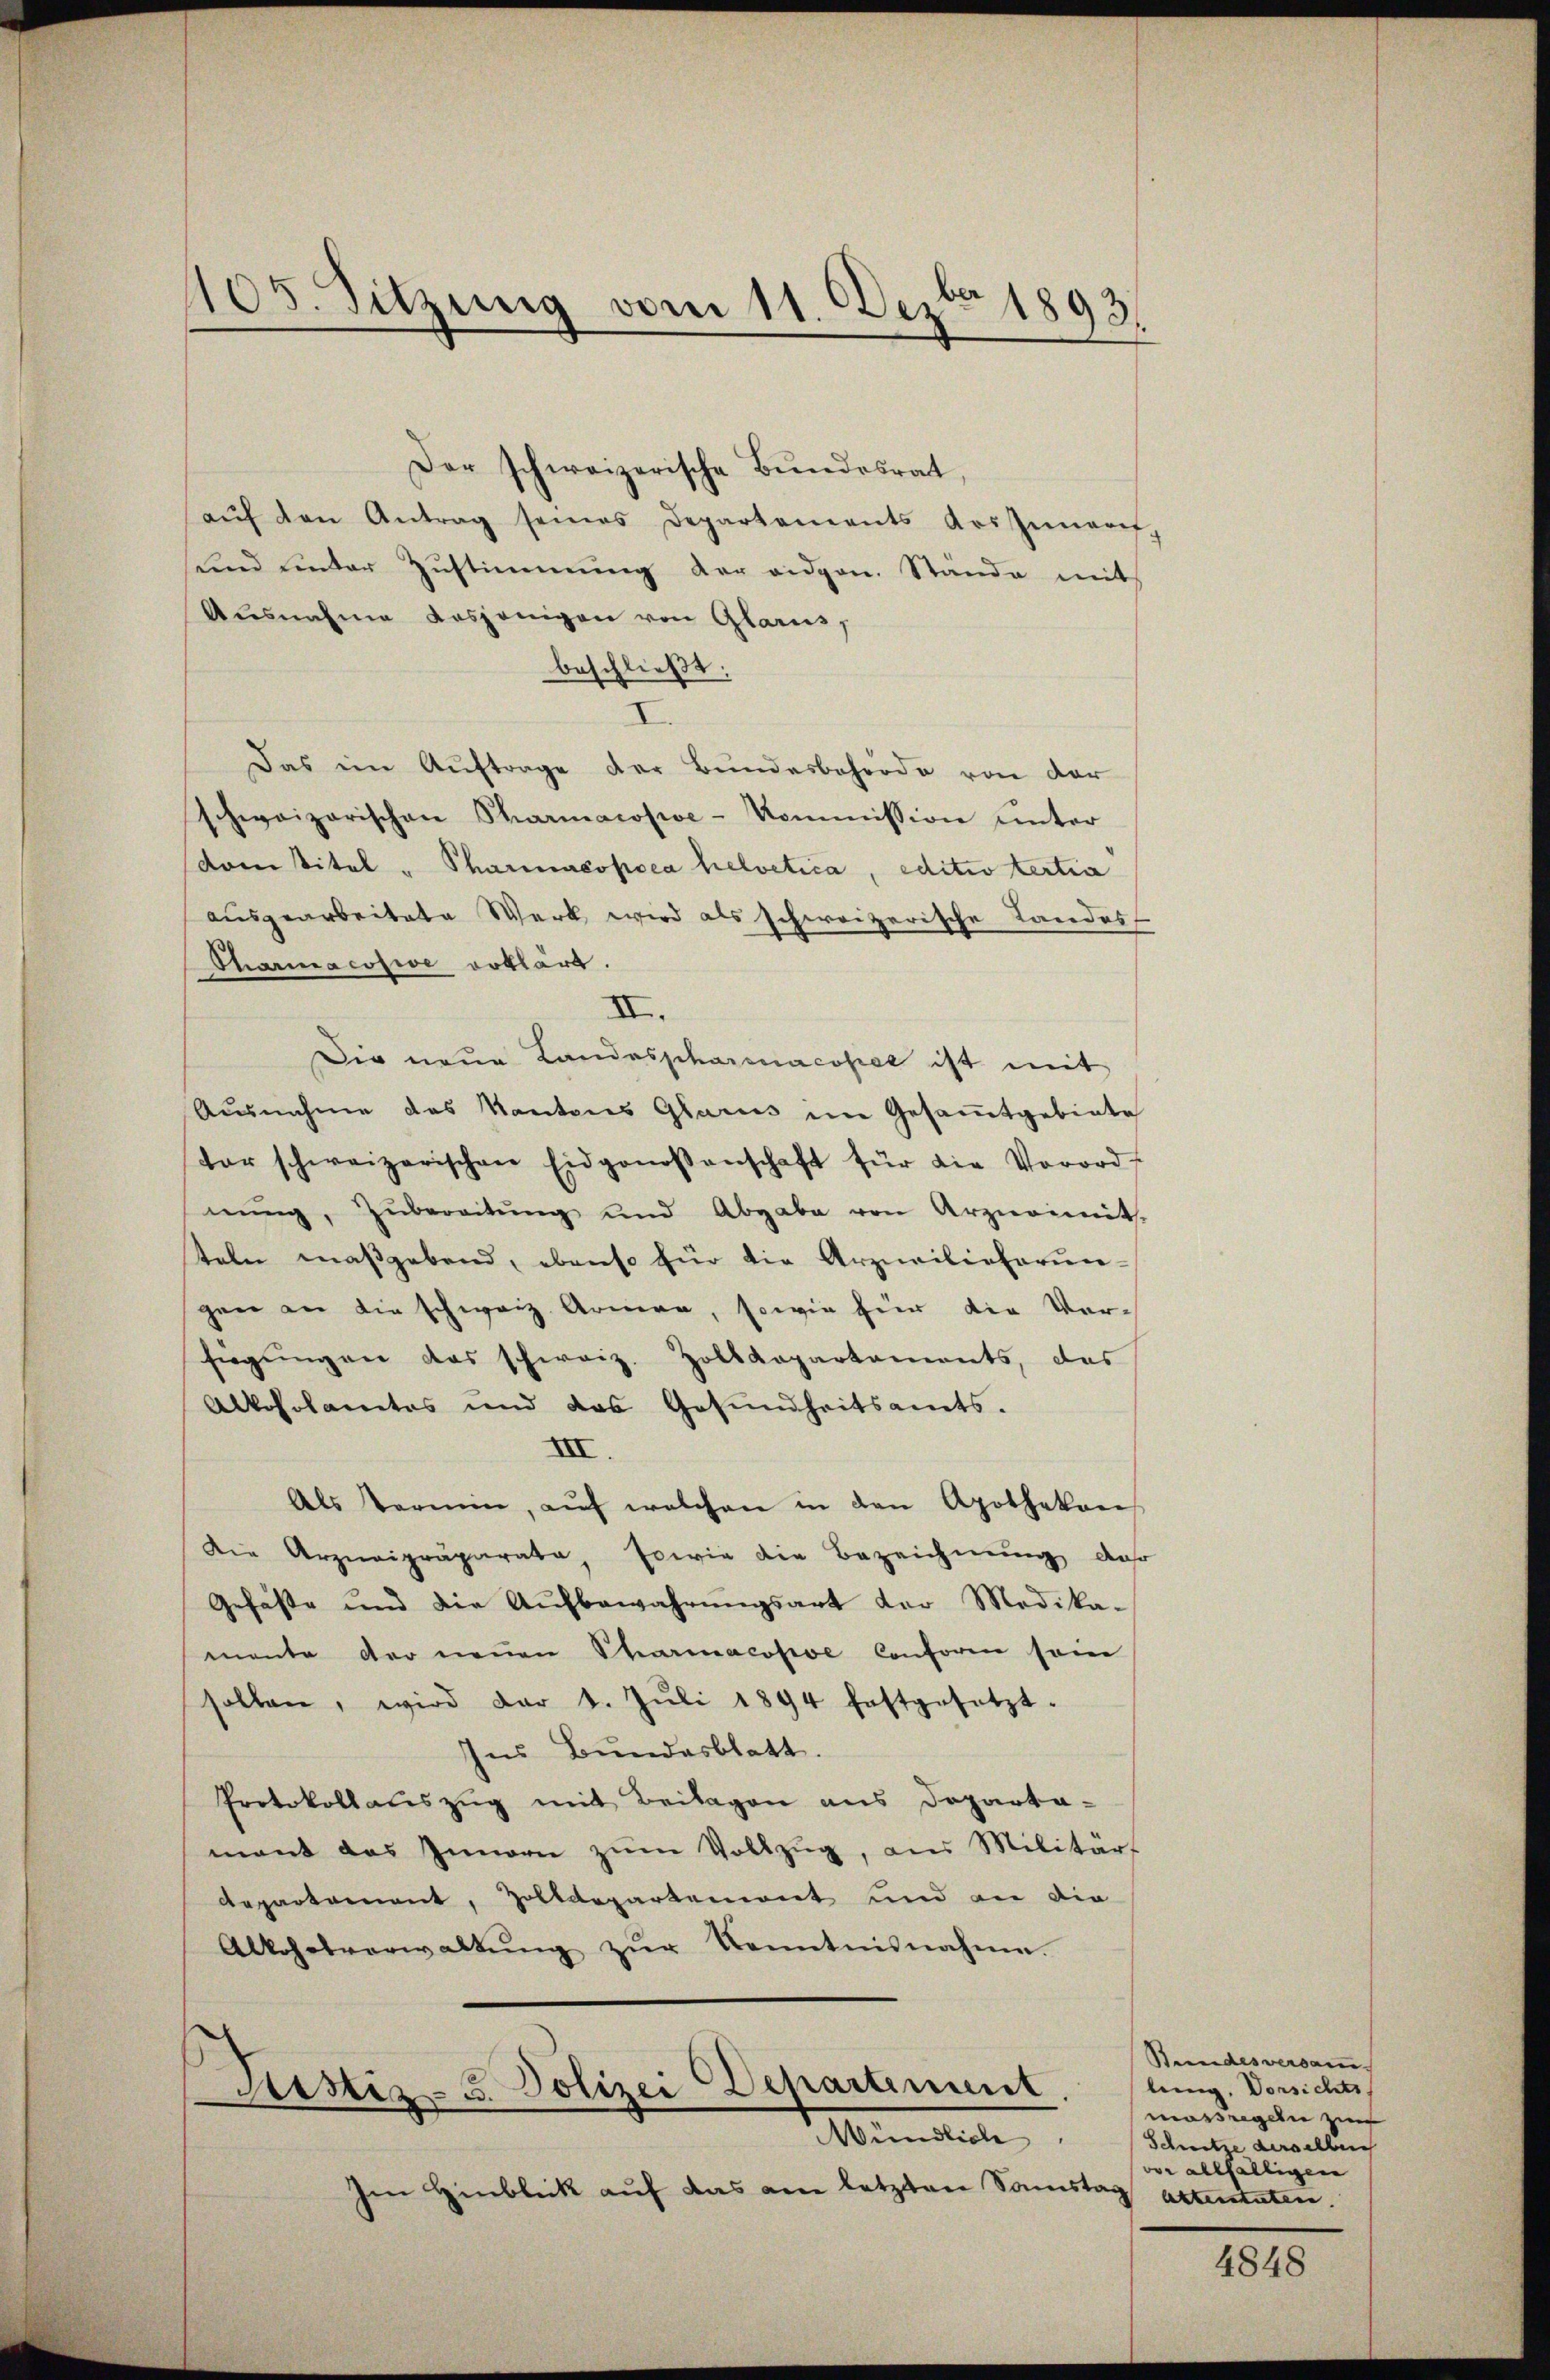
105. Sitzung vom 11. Dezbr 1893.

Der schweizerische Bundesrat,
aŭf den Antrag seines Departements Arssimarit
und unter Zŭstimmung der eidgen. Stande mit
Ausnahme dasjenigen von Glarus,
beschließt:
I
Das im Auftrage der Bundesbahröde von der
schweizerischen Pharmacosive-Kommission ŭnter
domtitel " Pharmcopoea helvetica, editio tertia
ausgearbeitete Werk wird als schweizerische Landes
Tharinacosive erklärt.
II.
Die neue Landaspharmacopet ist mit
Ausnahme des Kantons Glarus im Gesammtgebiete
dor schweizerischen Eidgenoßenschaft für die Vorord-
nŭng, zŭbereitŭng und Abgabe von Arzneimit.
teln maßgebend, ebenso für die Arzneilieferun-
gen an die schweiz. Armen, sowie für die Ver-
siegŭngen das schweiz. Holtkapartements, das
Alkoholanetas und das Gesundheitsamts.
XI
Als termin, aŭf welchen in den Apothekon
Die Arzneipräparata, sowie die Bezeichnung, das
Gefäste und die Aŭfbewahrŭngsart der Medika-
mente der neuen Charmacopoe Conforen sein
sollen, wird der 1. Jŭli 1894 festgesetzt.
Ins Bundesblatt.
Protokollauszug mit Beilagen aus Departa-
mant das Innern zŭm Vollzŭg, aus Militär-
Repartement, Zolldepartement und an die
Alkohesverwaltŭng zŭr Kenntnisnahme.

Justiz- u. Polizei Departiment
Mündlich

Im Hinblick auf das am letzten Samst

Stundesversam
ling. Vorsichts,
massregeln zur
Schnitze derselben
vor allfälligen
 Aktenstaten.

4848